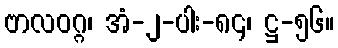
ဗာလဝဂ္ဂ၊ အံ-၂-ပါး-၈၄၊ ဋ္ဌ-၅၆။